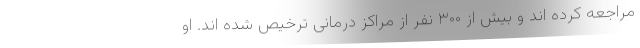
مراجعه کرده اند و بیش از ۳۰۰ نفر از مراکز درمانی ترخیص شده اند. او